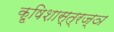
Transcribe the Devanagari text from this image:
कृ्षिशास्त्रज्ञ